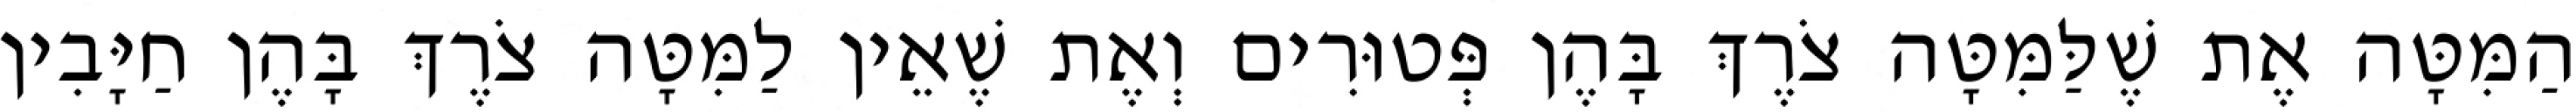
הַמִּטָּה אֶת שֶׁלַּמִּטָּה צֹרֶךְ בָּהֶן פְּטוּרִים וְאֶת שֶׁאֵין לַמִּטָּה צֹרֶךְ בָּהֶן חַיָּבִין